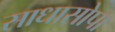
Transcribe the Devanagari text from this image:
साधासोपा